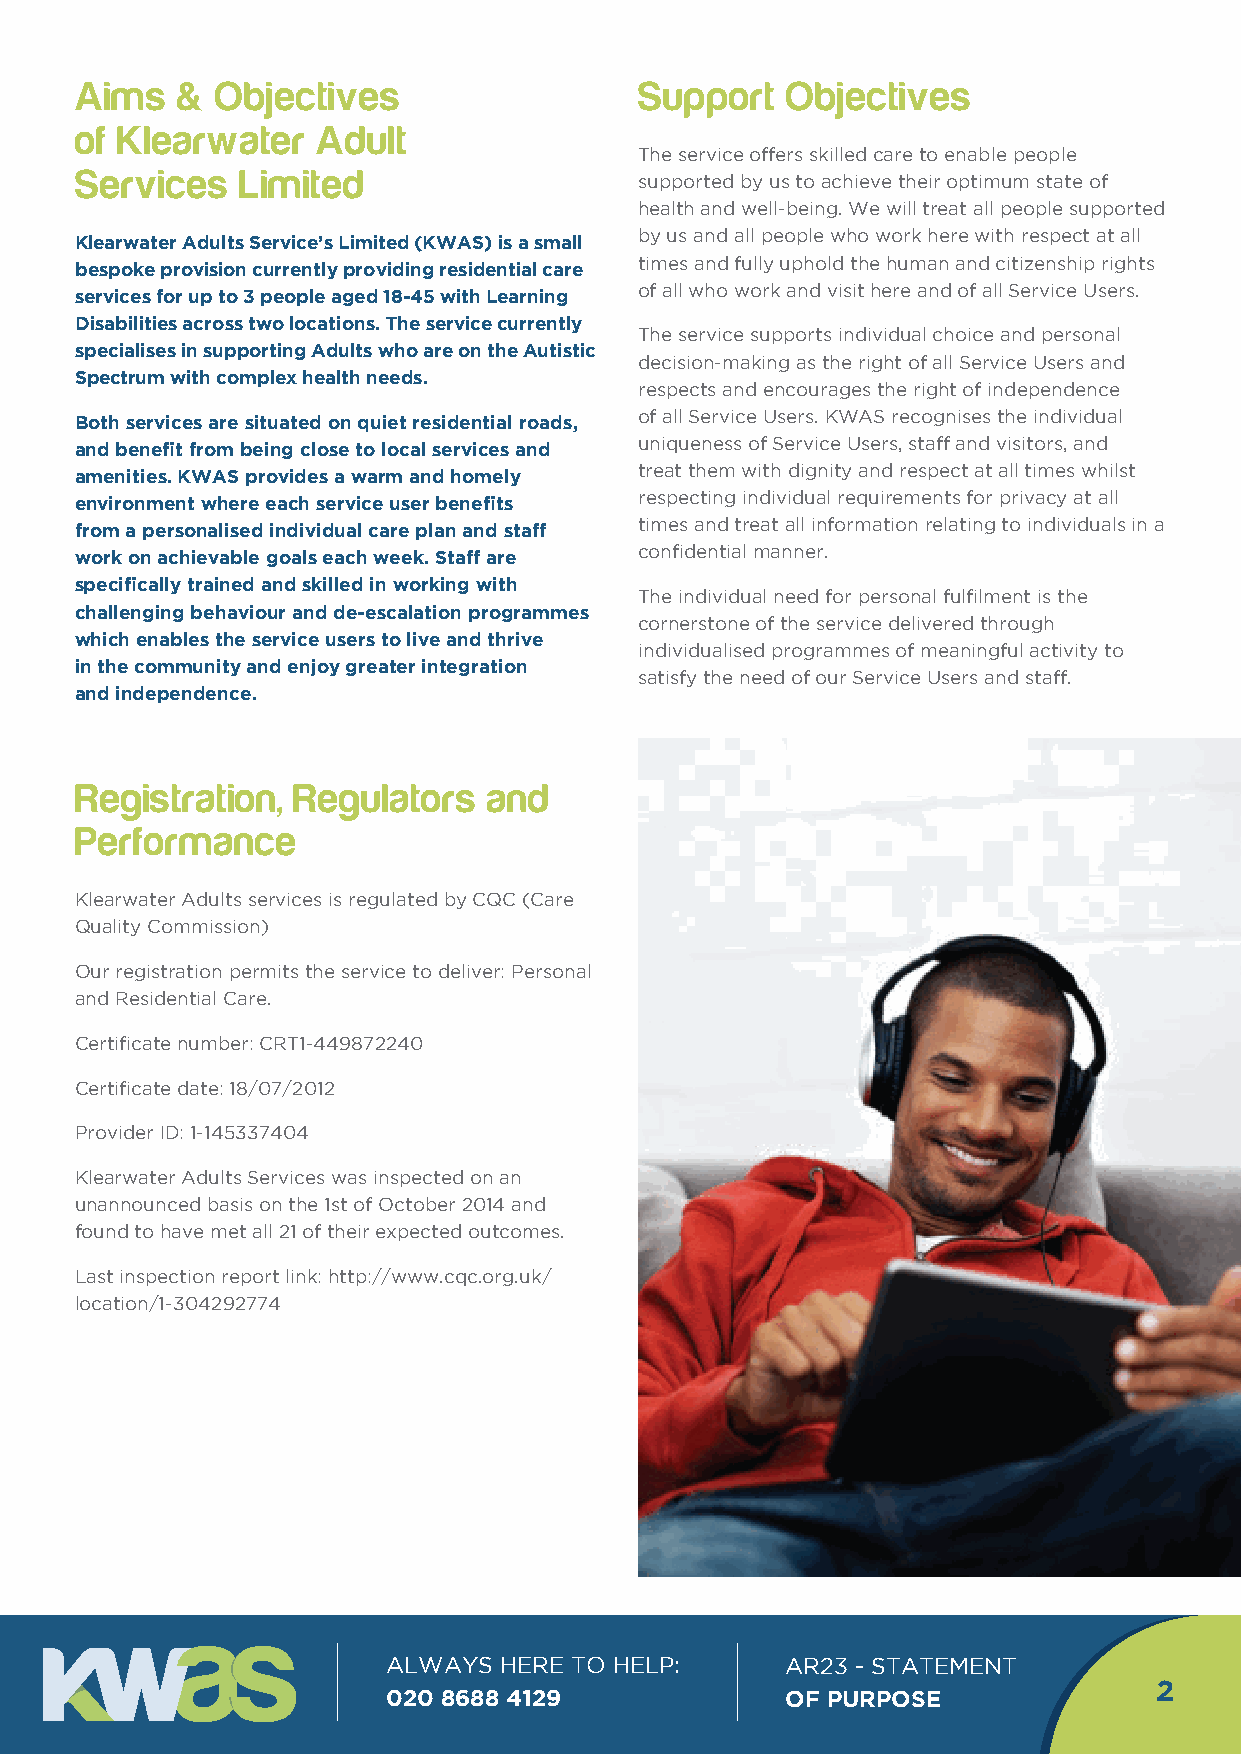
Aims   & Objectives                  Support   Objectives
 of Klearwater   Adult
 The service offers skilled care to enable people
 Services   Limited
 supported by us to achieve their optimum state of
 health and well-being. We will treat all people supported
 by us and all people who work here with respect at all
 Klearwater Adults Service’s Limited (KWAS) is a small
 times and fully uphold the human and citizenship rights
 bespoke provision currently providing residential care
 of all who work and visit here and of all Service Users.
 services for up to 3 people aged 18-45 with Learning
 Disabilities across two locations. The service currently
 The service supports individual choice and personal
 specialises in supporting Adults who are on the Autistic
 decision-making as the right of all Service Users and
 Spectrum with complex health needs.
 respects and encourages the right of independence
 of all Service Users. KWAS recognises the individual
 Both services are situated on quiet residential roads,
 uniqueness of Service Users, staff and visitors, and
 and benefit from being close to local services and
 treat them with dignity and respect at all times whilst
 amenities. KWAS provides a warm and homely
 respecting individual requirements for privacy at all
 environment where each service user benefits
 times and treat all information relating to individuals in a
 from a personalised individual care plan and staff
 confidential manner.
 work on achievable goals each week. Staff are
 specifically trained and skilled in working with
 The individual need for personal fulfilment is the
 challenging behaviour and de-escalation programmes
 cornerstone of the service delivered through
 which enables the service users to live and thrive
 individualised programmes of meaningful activity to
 in the community and enjoy greater integration
 satisfy the need of our Service Users and staff.
 and independence.
 Registration, Regulators   and
 Performance
 Klearwater Adults services is regulated by CQC (Care
 Quality Commission)
 Our registration permits the service to deliver: Personal
 and Residential Care.
 Certificate number: CRT1-449872240
 Certificate date: 18/07/2012
 Provider ID: 1-145337404
 Klearwater Adults Services was inspected on an
 unannounced basis on the 1st of October 2014 and
 found to have met all 21 of their expected outcomes.
 Last inspection report link: http://www.cqc.org.uk/
 location/1-304292774
 ALWAYS HERE TO HELP:      AR23 - STATEMENT
 2
 020 8688 4129             OF PURPOSE